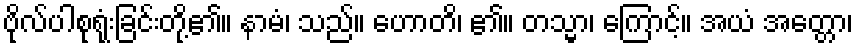
ဗိုလ်ပါစုရုံးခြင်းတို့၏။ နာမံ၊ သည်။ ဟောတိ၊ ၏။ တသ္မာ၊ ကြောင့်။ အယံ အတ္တော၊